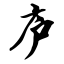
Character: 庐